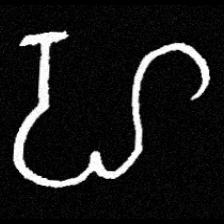
Pyu character \u2014 Myanmar letter: ဟ (romanized: ha)